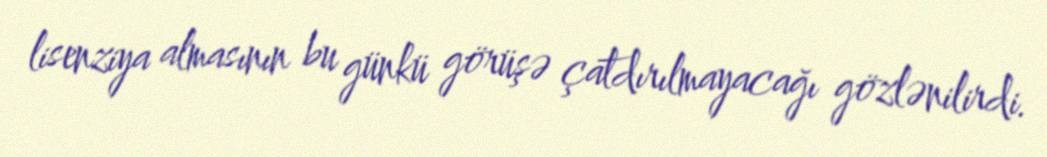
lisenziya almasının bu günkü görüşə çatdırılmayacağı gözlənilirdi.